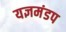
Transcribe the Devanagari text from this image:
यज्ञमंडप